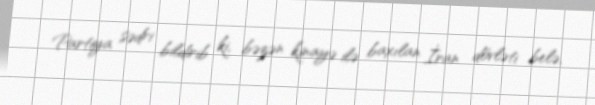
Partiya sədri bildirib ki, bəzən kinayə ilə baxılan İran dövləti belə,